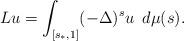
LaTeX: \begin{align*}L u =\int_{[s_*,1]} (-\Delta)^{s} u \,\,\, d\mu(s).\end{align*}